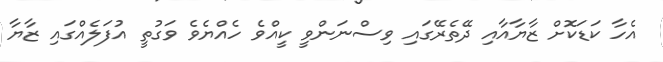
އެހާ ކަޑަކޮށް ޒާޔާއާއި ދޭތެރޭގައި ވިސްނަންވީ ކީއްވެ ހެއްޔެވެ ވަގުތީ އުފަލެއްގައި ޒާޔާ